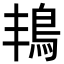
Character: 𮬬